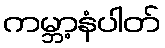
ကမ္ဘာ့နံပါတ်